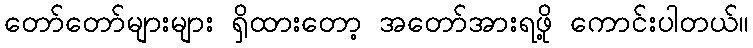
တော်တော်များများ ရှိထားတော့ အတော်အားရဖို့ ကောင်းပါတယ်။